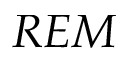
R E M